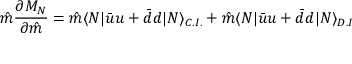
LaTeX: \hat { m } \frac { \partial M _ { N } } { \partial \hat { m } } = \hat { m } \langle N | \bar { u } u + \bar { d } d | N \rangle _ { C . I . } + \hat { m } \langle N | \bar { u } u + \bar { d } d | N \rangle _ { D . I }